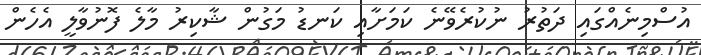
އުސްމިނެއްގައި ދަތުރު ނުކުރެވޭނެ ކަމަށާއި ކަނޑު މަގުން ޝާކިރު މާލެ ފޮނުވާލީ އެހެން